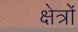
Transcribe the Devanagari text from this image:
क्षेत्रांे